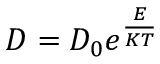
D = D _ { 0 } e ^ { \frac { E } { K T } }